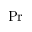
\mathrm { P r }